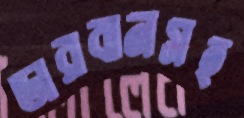
ডারবানসহ